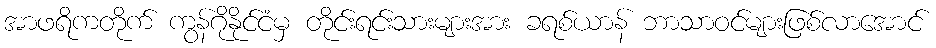
အာဖရိကတိုက် ကွန်ဂိုနိုင်ငံမှ တိုင်းရင်းသားများအား ခရစ်ယာန် ဘာသာဝင်များဖြစ်လာအောင်